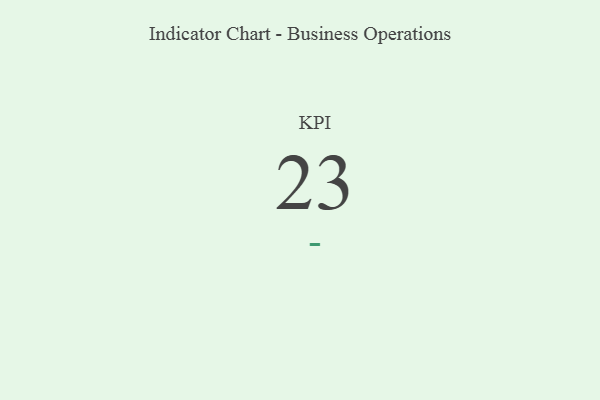
{"axis": {"x": "KPI", "y": "Value"}, "legend": [""], "data": [{"x": "KPI", "y": 23, "type": ""}]}